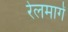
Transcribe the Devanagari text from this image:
रेलमार्गं